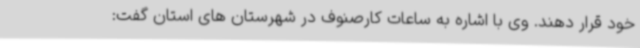
خود قرار دهند. وی با اشاره به ساعات کارصنوف در شهرستان های استان گفت: